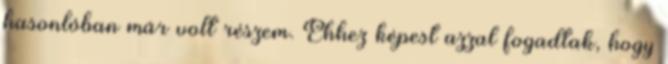
hasonlóban már volt részem. Ehhez képest azzal fogadtak, hogy